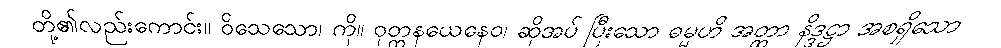
တို့၏လည်းကောင်း။ ဝိသေသော၊ ကို။ ဝုတ္တနယေနေဝ၊ ဆိုအပ် ပြီးသော ဓမ္မဟိ အတ္ထာ နိဒ္ဒဋ္ဌာ အစရှိသော